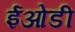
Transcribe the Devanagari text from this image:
ईओडी